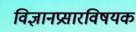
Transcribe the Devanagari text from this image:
विज्ञानप्रसारविषयक